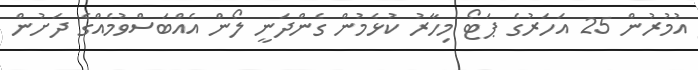
އުމުރުން 25 އަހަރުގެ ޕަޓޯ މިހާރު ކުޅެމުން ގެންދަނީ ލޯން އެއްބަސްވުމެއްގެ ދަށުން